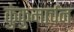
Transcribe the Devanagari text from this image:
कुंकुमार्चन